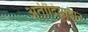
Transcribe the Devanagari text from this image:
अतींद्रियाज्ञान